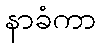
နာခံကာ